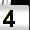
Digit: 4